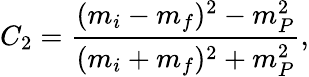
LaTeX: C_{2}=\frac{(m_{i}-m_{f})^{2}-m_{P}^{2}}{(m_{i}+m_{f})^{2}+m_{P}^{2}},